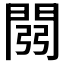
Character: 𲈪